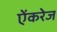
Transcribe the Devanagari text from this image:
ऐंकरेज